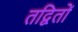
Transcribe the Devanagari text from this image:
तद्वितों